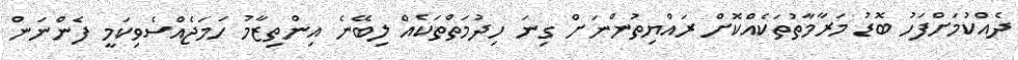
ދެއްކުމަށްފަހު ބޮޑު މަރާމާތުތަކެއްކޮށް ރައްޔިތުންނަށް ގިނަ ހިދުމަތްތަކެއް ލިބޭނެ އިންތިޒާމު ހަމަޖެއްސެވިކަމީ ފެންނަން